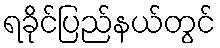
ရခိုင်ပြည်နယ်တွင်